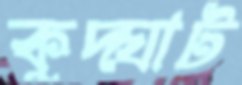
কুদ্‌ঘাট